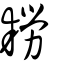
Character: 耮